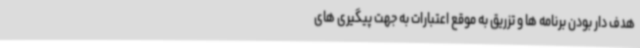
هدف دار بودن برنامه ها و تزریق به موقع اعتبارات به جهت پیگیری های